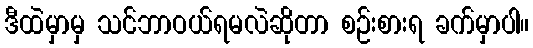
ဒီထဲမှာမှ သင်ဘာဝယ်ရမလဲဆိုတာ စဉ်းစားရ ခက်မှာပါ။